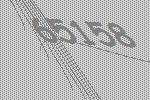
65158